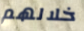
خلالهم